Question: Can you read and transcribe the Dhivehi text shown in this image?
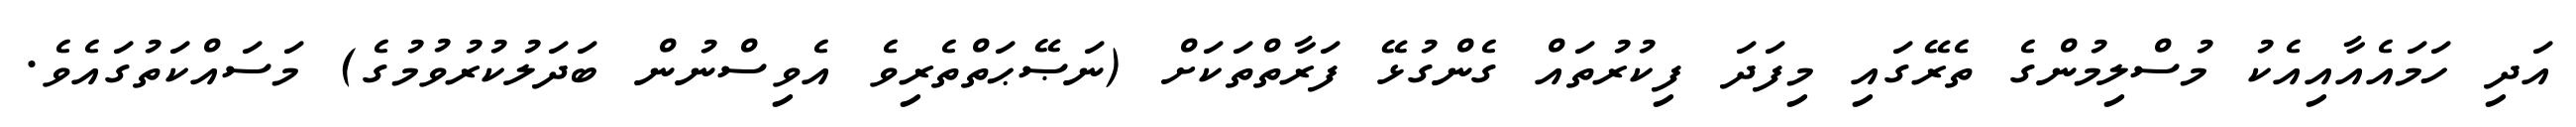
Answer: އަދި ހަމައެއާއިއެކު މުސްލިމުންގެ ތެރޭގައި މިފަދަ ފިކުރުތައް ގެންގުޅޭ ފަރާތްތަކަށް (ނަޞޭޙަތްތެރިވެ އެވިސްނުން ބަދަލުކުރުވުމުގެ) މަސައްކަތުގައެވެ.